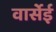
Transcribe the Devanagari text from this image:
वार्सेई